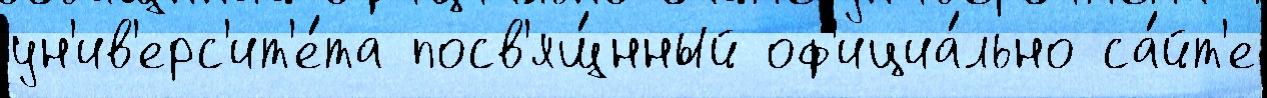
ун'ив'ерс'ит'е́та посв'ящ́нный оф'ициа́льно са́йт'е